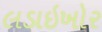
લડાઇખોર